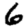
Digit: 6